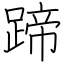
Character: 蹄